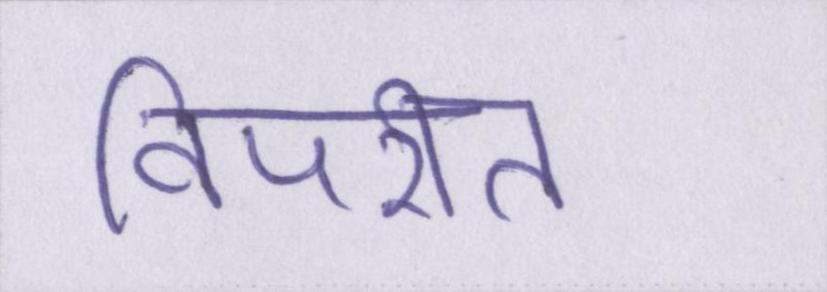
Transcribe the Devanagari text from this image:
विपरीत